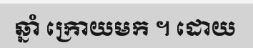
ឆ្នាំ ក្រោយមក ។ ដោយ